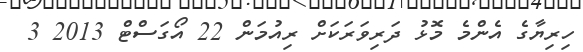
ހިރިޔާގެ އެންމެ މޮޅު ދަރިވަރަކަށް ރިއުމަން 22 އޯގަސްޓް 2013 3